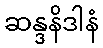
ဆန္ဒနိဒါနံ